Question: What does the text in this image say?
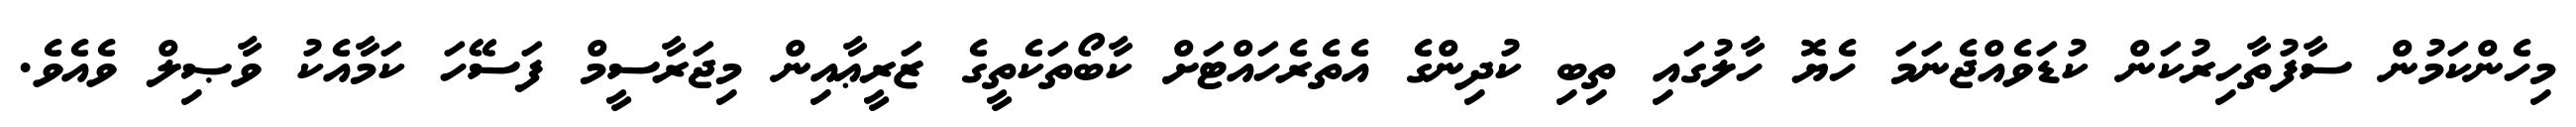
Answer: މިހެންކަމުން ސާފުތާހިރުކަން ކުޑަވެއްޖެނަމަ ހެޔޮ ހާލުގައި ތިބި ކުދިންގެ އެތެރެހައްޓަށް ކާބޯތަކެތީގެ ޒަރީޢާއިން މިޖަރާސީމް ފަސޭހަ ކަމާއެކު ވާޞިލް ވެއެވެ.